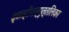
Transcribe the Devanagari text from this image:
द्वात्रींशत्पुत्तलिका